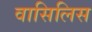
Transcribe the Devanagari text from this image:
वासिलिस